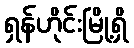
ရှန်ဟိုင်းမြို့ရှိ